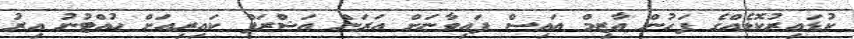
ކުޑައިރުކޮޅެއްގެ ފަހުން އާޒިމް އައިސް ފައިވާނަށް އަރަން އަޝްރަފް ކައިރިއަށް ހުއްޓުނު އިރު